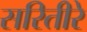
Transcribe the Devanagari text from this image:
सरितीरे